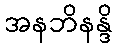
အနဘိနန္ဒိ